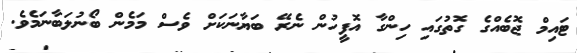
ޓައިމް ޖޮބެއްގެ ގޮތުގައި ހިންގާ އޮފީހުން ނެރޭ ބަޔާނަކަށް ވެސް މަމެން ބޯނުލަބާނަމެވެ.